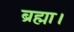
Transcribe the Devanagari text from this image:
ब्रह्मा।